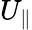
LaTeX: U_{\parallel}